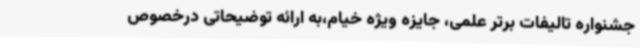
جشنواره تالیفات برتر علمی، جایزه ویژه خیام،به ارائه توضیحاتی درخصوص